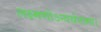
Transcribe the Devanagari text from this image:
लक्ष्मणोऽन्वर्थनामा।